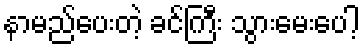
နာမည်ပေးတဲ့ ခင်ကြီး သွားမေးပေါ့